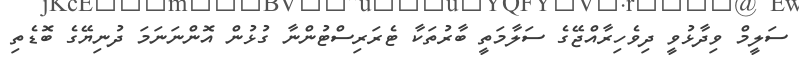
ސަލީމް ވިދާޅުވީ ދިވެހިރާއްޖޭގެ ސަލާމަތީ ބާރުތަކާ ޓެރަރިސްޓުންނާ ގުޅުން އޮންނަނަމަ ދުނިޔޭގެ ބޮޑެތި